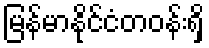
မြန်မာနိုင်ငံတဝန်းရှိ